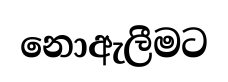
නොඇලීමට